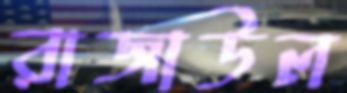
রাজাউল